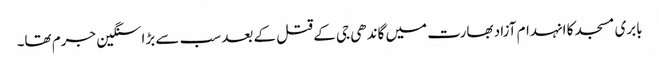
بابری مسجد کا انہدام آزاد بھارت میں گاندھی جی کے قتل کے بعد سب سے بڑا سنگین جرم تھا۔